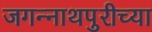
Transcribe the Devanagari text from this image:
जगन्‍नाथपुरीच्या